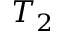
T _ { 2 }